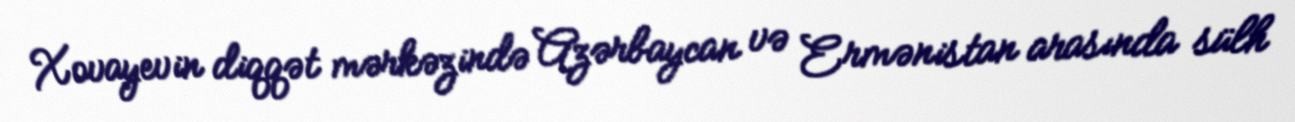
Xovayevin diqqət mərkəzində Azərbaycan və Ermənistan arasında sülh